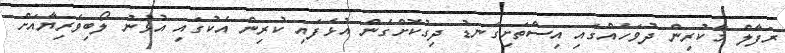
ރަފާލް މާކުރިން ދުވަހެއްގައި އިސްތަށިގަނޑު ދިގުކޮށްގެން އުޅެފައި ކުރިން އެކުގައި އުޅުނު ލޯބިވެރިޔާއަށް